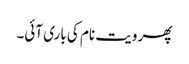
پھر ویت نام کی باری آئی۔